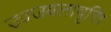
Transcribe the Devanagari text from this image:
उज्जवलावृत्ति